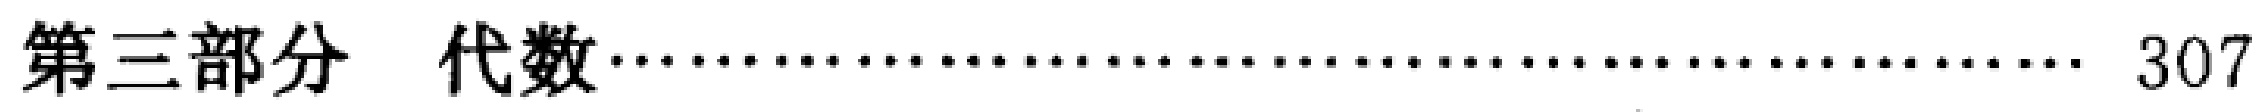
第三部分 代数........................................ 307